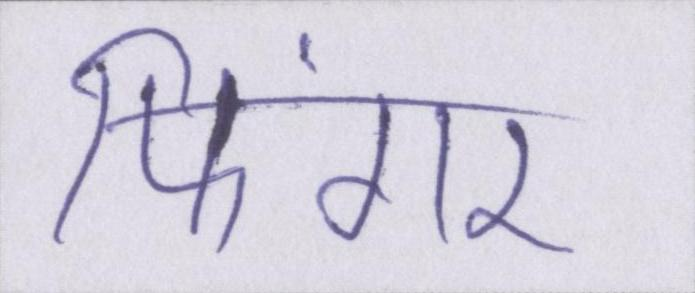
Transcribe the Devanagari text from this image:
फिंगर